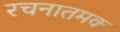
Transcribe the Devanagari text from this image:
रचनातमक